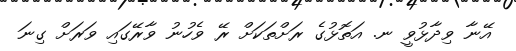
އޭނާ ވިދާޅުވީ ނ. އަތޮޅުގެ ރަށްތަކަށް ރޭ ވެހުނު ވާރޭގައި ވަރަށް ގިނަ